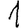
Digit: 1